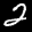
Label: 2